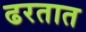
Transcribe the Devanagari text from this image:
ढरतात